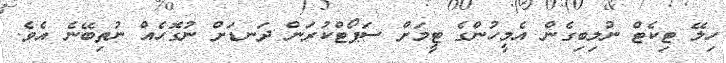
ހިލޭ ޓިކެޓް ނުލިބިގެން އެމީހުންގެ ޓީމަށް ސަޕޯޓްކުރަން ދަނޑަށް ނުގޮހެއް ނުތިބޭނެ އެވެ.